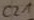
Text: C21